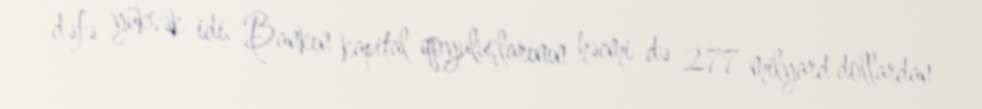
dəfə yüksək idi. Bankın kapital qoyuluşlarının həcmi də 277 milyard dollardan